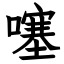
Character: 噻